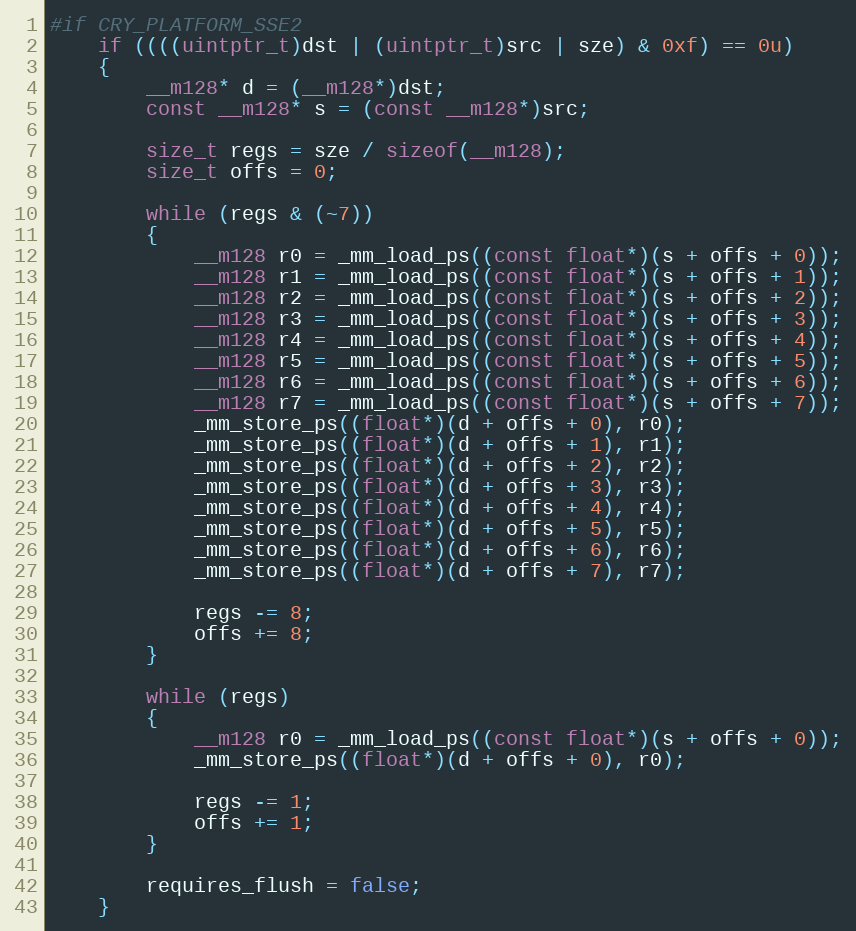
Language: C
#if CRY_PLATFORM_SSE2
	if ((((uintptr_t)dst | (uintptr_t)src | sze) & 0xf) == 0u)
	{
		__m128* d = (__m128*)dst;
		const __m128* s = (const __m128*)src;

		size_t regs = sze / sizeof(__m128);
		size_t offs = 0;

		while (regs & (~7))
		{
			__m128 r0 = _mm_load_ps((const float*)(s + offs + 0));
			__m128 r1 = _mm_load_ps((const float*)(s + offs + 1));
			__m128 r2 = _mm_load_ps((const float*)(s + offs + 2));
			__m128 r3 = _mm_load_ps((const float*)(s + offs + 3));
			__m128 r4 = _mm_load_ps((const float*)(s + offs + 4));
			__m128 r5 = _mm_load_ps((const float*)(s + offs + 5));
			__m128 r6 = _mm_load_ps((const float*)(s + offs + 6));
			__m128 r7 = _mm_load_ps((const float*)(s + offs + 7));
			_mm_store_ps((float*)(d + offs + 0), r0);
			_mm_store_ps((float*)(d + offs + 1), r1);
			_mm_store_ps((float*)(d + offs + 2), r2);
			_mm_store_ps((float*)(d + offs + 3), r3);
			_mm_store_ps((float*)(d + offs + 4), r4);
			_mm_store_ps((float*)(d + offs + 5), r5);
			_mm_store_ps((float*)(d + offs + 6), r6);
			_mm_store_ps((float*)(d + offs + 7), r7);

			regs -= 8;
			offs += 8;
		}

		while (regs)
		{
			__m128 r0 = _mm_load_ps((const float*)(s + offs + 0));
			_mm_store_ps((float*)(d + offs + 0), r0);

			regs -= 1;
			offs += 1;
		}

		requires_flush = false;
	}